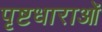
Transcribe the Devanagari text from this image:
पृष्टधाराओं